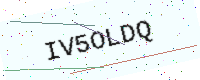
Text: IV5OLDQ